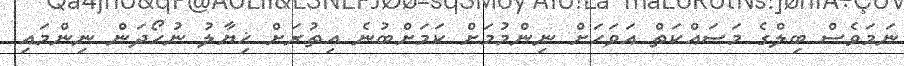
ނަމަވެސް ބިލްގެ މަސައްކަތް އަވަހަށް ނިންމުމަށް ކަމަށްބުނެ އިތުރަށް ޚިޔާލު ނުހޯދަން ނިންމައި